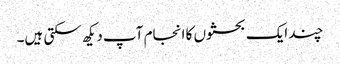
چند ایک بحثوں کا انجام آپ دیکھ سکتی ہیں۔